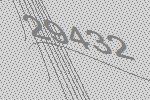
29432